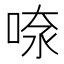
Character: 𠶫